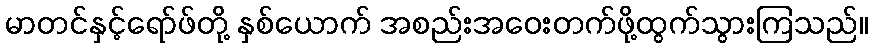
မာတင်နှင့်ရော်ဖ်တို့ နှစ်ယောက် အစည်းအဝေးတက်ဖို့ထွက်သွားကြသည်။